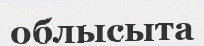
облысыта